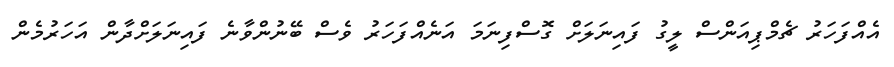
އެއްފަހަރު ޗެމްޕިއަންސް ލީގު ފައިނަލަށް ގޮސްފިނަމަ އަނެއްފަހަރު ވެސް ބޭނުންވާނެ ފައިނަލަށްދާން އަހަރުމެން